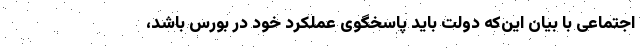
اجتماعی با بیان این‌که دولت باید پاسخگوی عملکرد خود در بورس باشد،